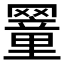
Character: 𦌜